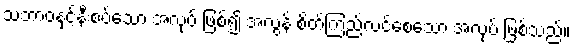
သဘာဝနှင့်နီးစပ်သော အလုပ် ဖြစ်၍ အလွန် စိတ်ကြည်လင်စေသော အလုပ် ဖြစ်သည်။